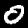
Digit: 0